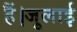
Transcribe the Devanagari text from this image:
हैं।जुलाई